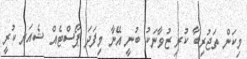
މިކަން ތަޖުރިބާ ކުރި ޒުވާނަކު ބުނީ އޭނާ މިފަދަ ޕޯސްޓެއް ޝެއަރ ކުރީ